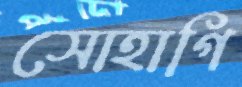
সোহাগি